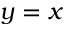
y = x